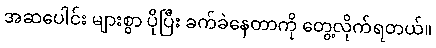
အဆပေါင်း များစွာ ပိုပြီး ခက်ခဲနေတာကို တွေ့လိုက်ရတယ်။